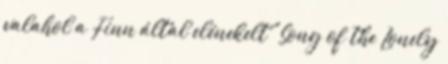
valahol a Finn által elénekelt "Song of the Lonely